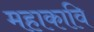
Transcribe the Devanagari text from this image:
महाकावि